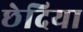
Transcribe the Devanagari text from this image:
छेदिया